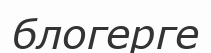
блогерге